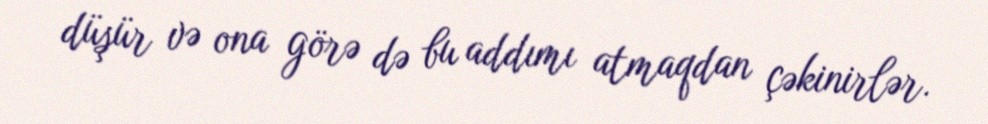
düşür və ona görə də bu addımı atmaqdan çəkinirlər.